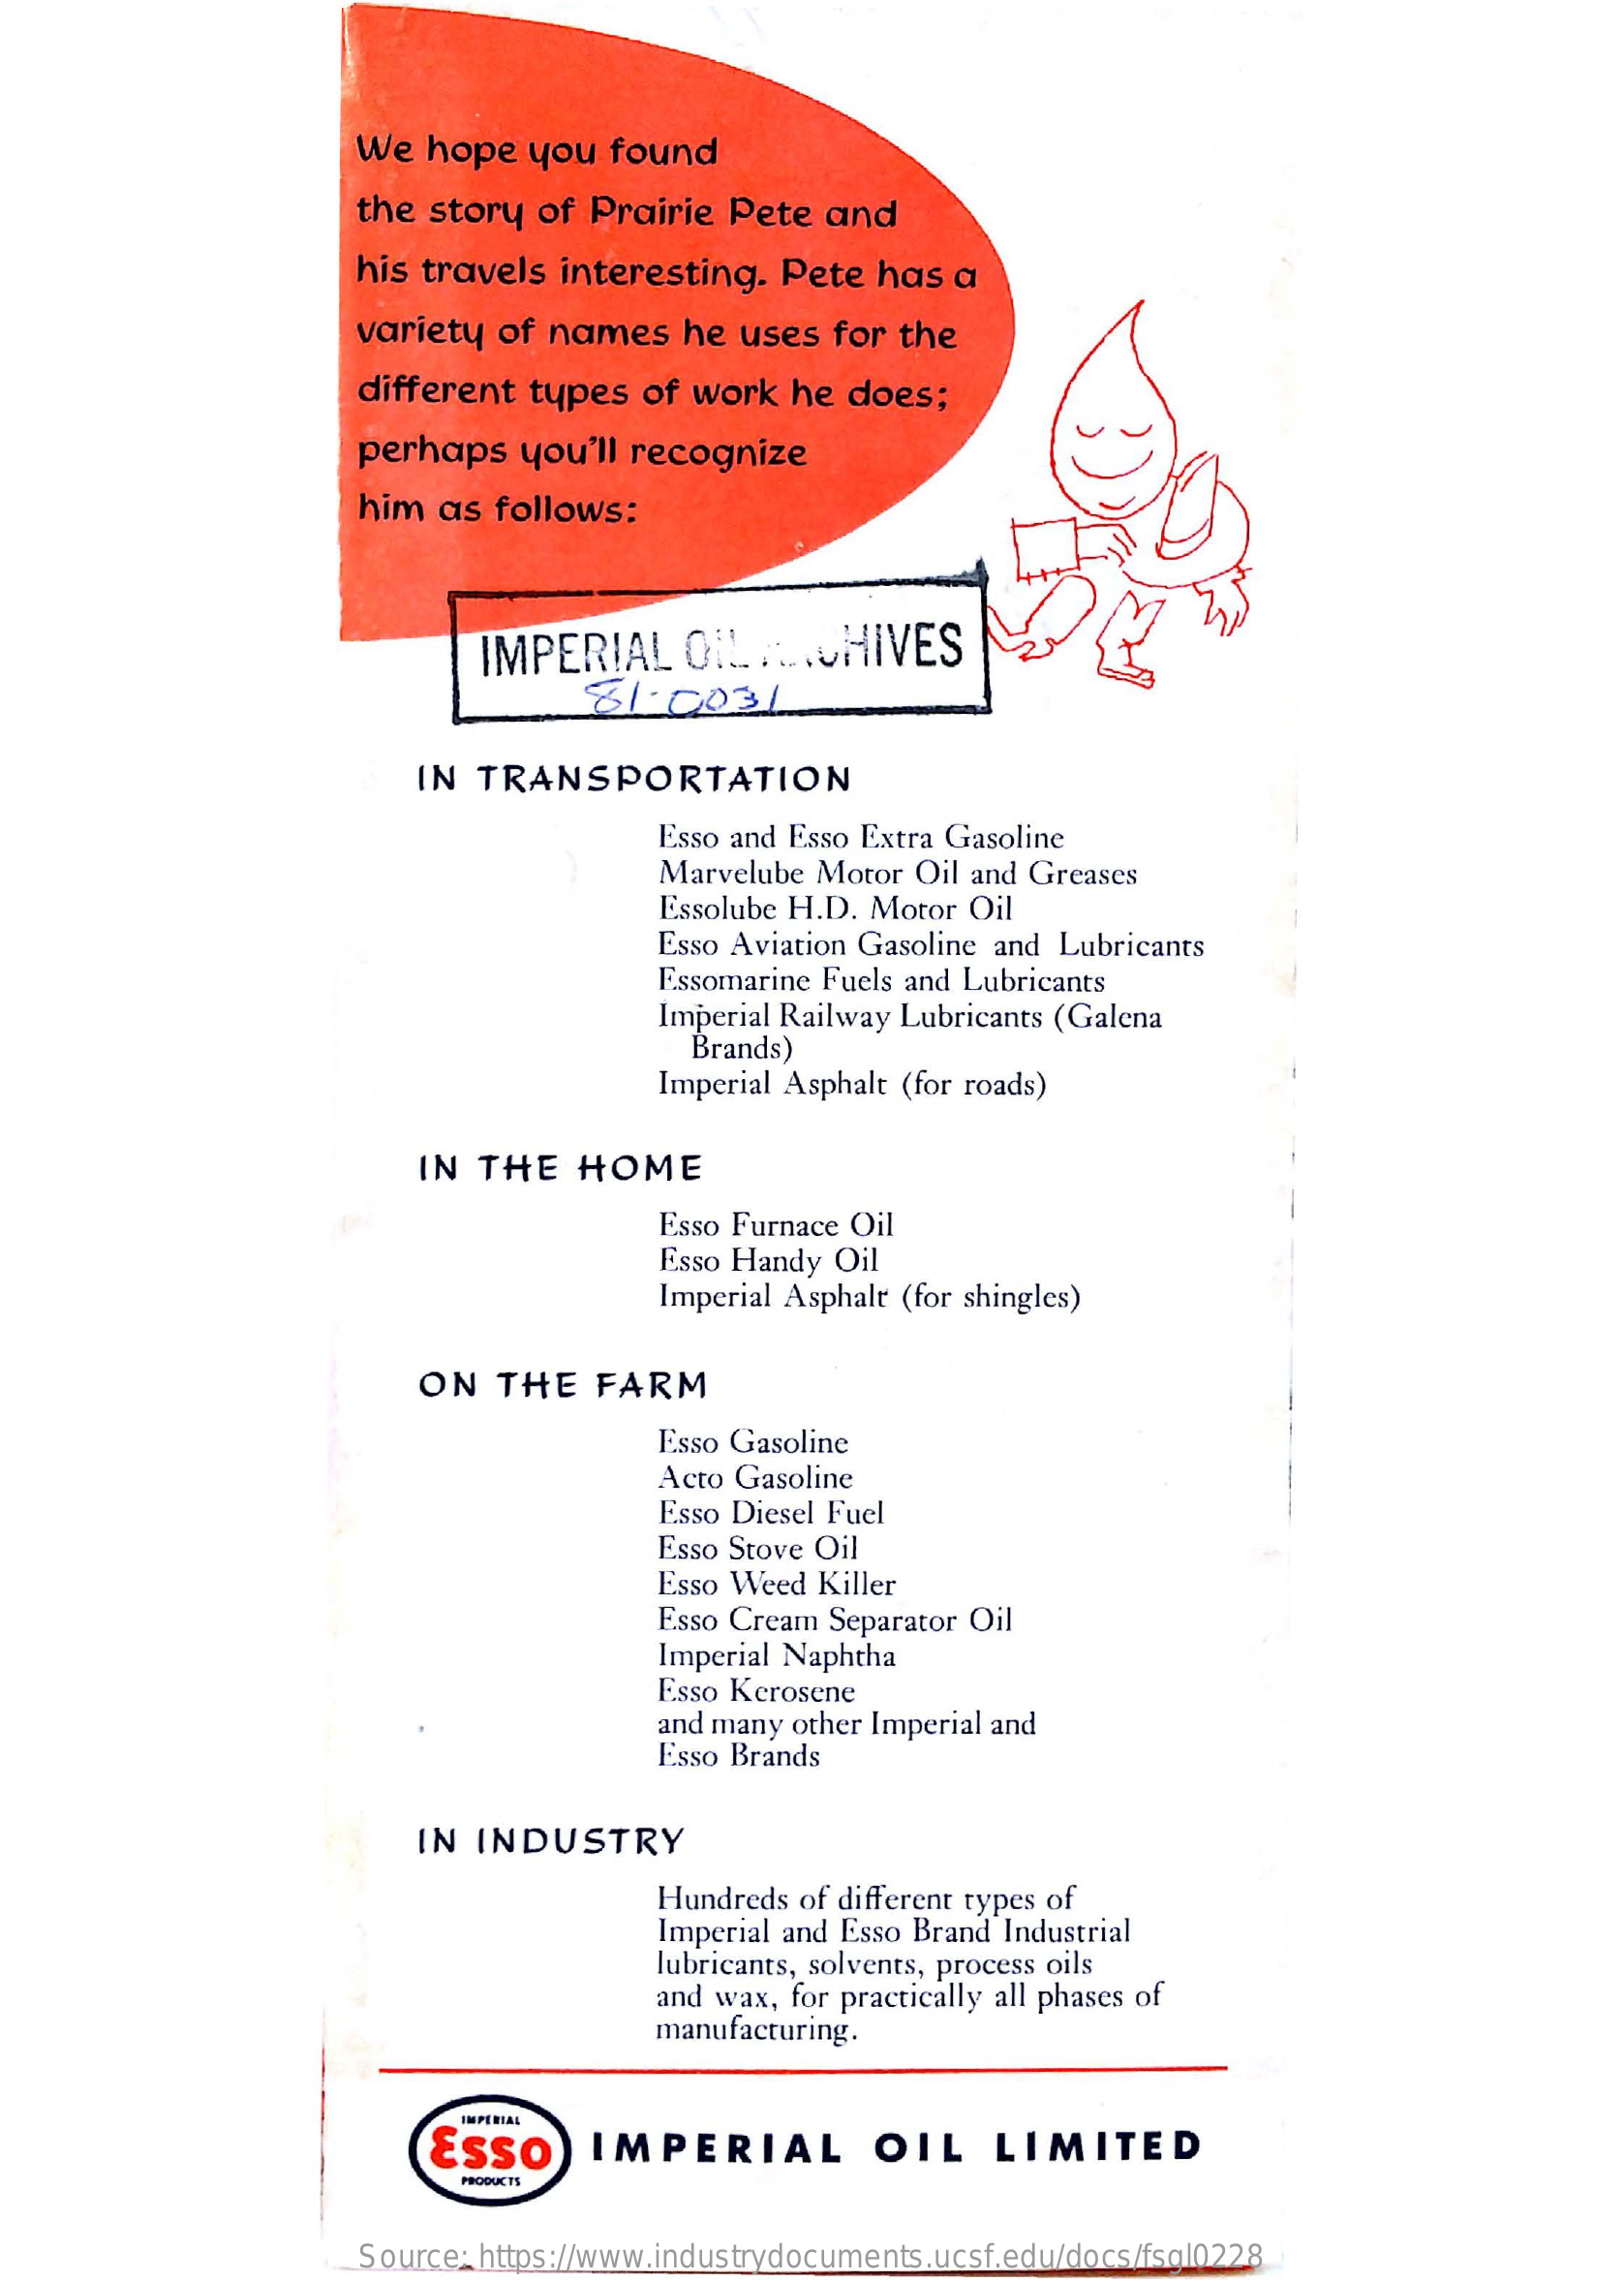
We hope you found
     the story of Prairie Pete and
     his travels interesting. Pete has a
     variety of names he uses for the
     different types of work he does;
     perhaps you'll recognize
     him as follows:
     IMPERIAL ON  ARCHIVES
     81.0031
     IN TRANSPORTATION
     Esso and Esso Extra Gasoline
     Marvelube Motor Oil and Greases
     Essolube H.D. Motor Oil
     Esso Aviation Gasoline and Lubricants
     Essomarine Fuels and Lubricants
     Imperial Railway Lubricants (Galena
     Brands)
     Imperial Asphalt (for roads)
     IN THE HOME
     Esso Furnace Oil
     Esso Handy Oil
     Imperial Asphalt (for shingles)
     ON  THE FARM
     Esso Gasoline
     Acto Gasoline
     Esso Diesel Fuel
     Esso Stove Oil
     Esso Weed Killer
     Esso Cream Separator Oil
     Imperial Naphtha
     Esso Kerosene
     and many other Imperial and
     Esso Brands
     IN INDUSTRY
     Hundreds of different types of
     Imperial and Esso Brand Industrial
     lubricants, solvents, process oils
     and wax, for practically all phases of
     manufacturing.
     IMPERIAL
     Esso   IMPERIAL    OIL   LIMITED
     Source: h   v.industrydocu  sf.edu/docs/fsql0228